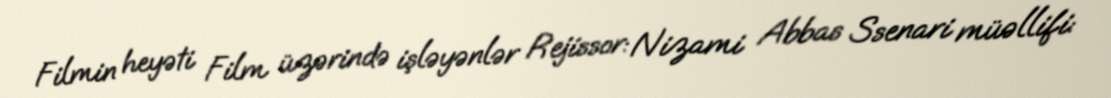
Filmin heyəti Film üzərində işləyənlər Rejissor: Nizami Abbas Ssenari müəllifi: